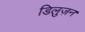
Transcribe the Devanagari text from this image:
डिलुज़न